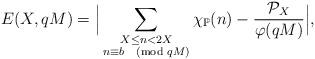
LaTeX: \begin{align*}E(X,qM)=\Big\lvert\sum_{\substack{X\leq n<2X\\n\equiv b\pmod{qM}}}\chi_\mathbb{P}(n)-\frac{\mathcal{P}_X}{\varphi(qM)}\Big\rvert,\end{align*}